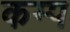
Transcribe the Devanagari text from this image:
कम्‍प